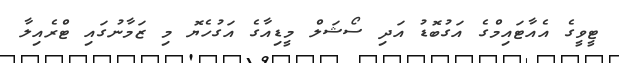
ޓީވީގެ އެއާޓައިމްގެ އަގުބޮޑު އަދި ސޯޝަލް މީޑިއާގެ އަގުހެޔޮ މި ޒަމާނުގައި ޓްރެއިލާ